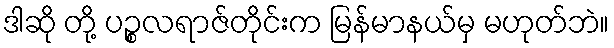
ဒါဆို တို့ ပဉ္စလရာဇ်တိုင်းက မြန်မာနယ်မှ မဟုတ်ဘဲ။